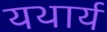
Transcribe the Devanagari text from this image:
यथार्य